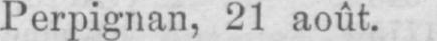
Perpignan, 21 août.